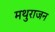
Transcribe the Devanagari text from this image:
मथुराजन